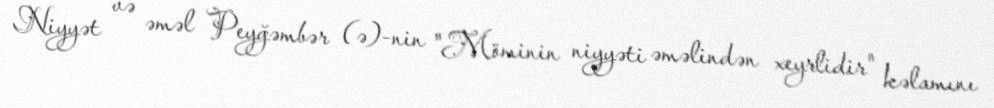
Niyyət və əməl Peyğəmbər (ə)-nin "Möminin niyyəti əməlindən xeyrlidir" kəlamını